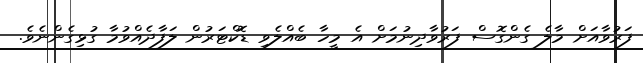
ފަރުވާއަށް މާލެ ގެންގޮސް ފަރުވާދިނުމަށް އެ މީހާ ބެއްލެވި ޑޮކްޓަރުން ލަފާދެއްވުމާ ގުޅިގެންނެވެ.